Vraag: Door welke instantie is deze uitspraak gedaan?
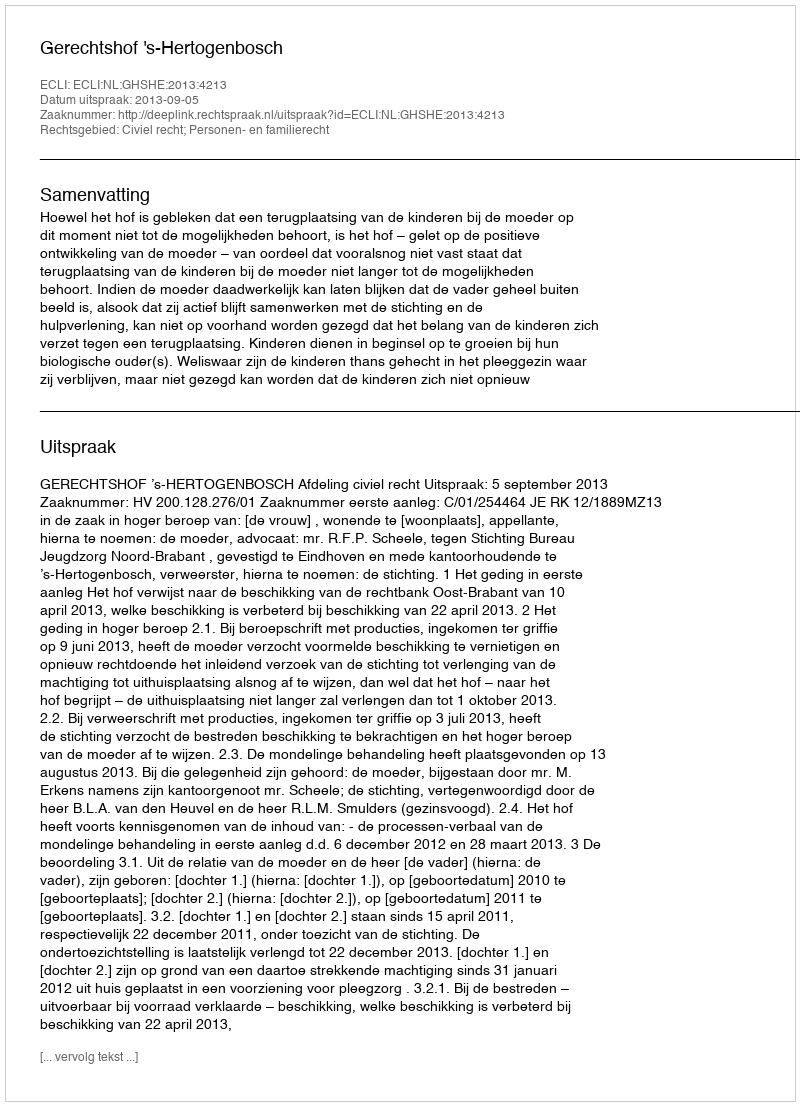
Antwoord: Gerechtshof 's-Hertogenbosch